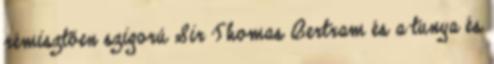
rémisztően szigorú Sir Thomas Bertram és a tunya és